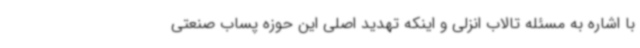
با اشاره به مسئله تالاب انزلی و اینکه تهدید اصلی این حوزه پساب صنعتی